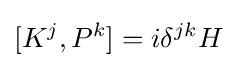
[K^{j},P^{k}]=i\delta ^{jk}H